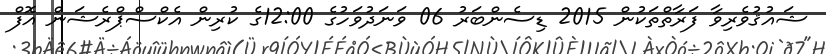
ޝައުޤުވެރިވާ ފަރާތްތަކުން 2015 ޑިސެންބަރު 06 ވަނަދުވަހުގެ 12:00ގެ ކުރިން އެކްސްޕްރެޝަން އޮފް